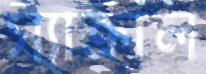
স্যাক্রাল